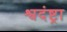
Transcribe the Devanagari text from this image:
श्वदंष्ट्रा